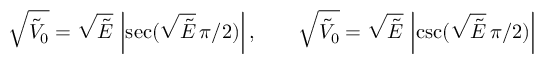
{ \sqrt { { \tilde { V } } _ { 0 } } } = { \sqrt { \tilde { E } } } \, \left| { \sec ( { \sqrt { \tilde { E } } } \, { \pi } / { 2 } ) } \right| , \qquad { \sqrt { { \tilde { V } } _ { 0 } } } = { \sqrt { \tilde { E } } } \, \left| { \csc ( { \sqrt { \tilde { E } } } \, { \pi } / { 2 } ) } \right|